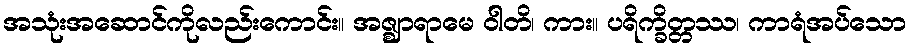
အသုံးအဆောင်ကိုလည်းကောင်း။ အဇ္ဈာရာမေ ဝါတိ၊ ကား။ ပရိက္ခိတ္တဿ၊ ကာရံအပ်သော